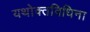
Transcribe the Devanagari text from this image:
यथोक्तविधिना